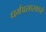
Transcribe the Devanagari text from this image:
धर्मप्रसारकाने